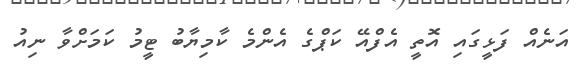
އަނެއް ފަޅީގައި އޮތީ އެފްއޭ ކަޕްގެ އެންމެ ކާމިޔާބު ޓީމު ކަމަށްވާ ނިއު